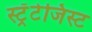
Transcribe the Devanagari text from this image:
स्ट्रॅटेजिस्ट